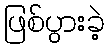
ဖြစ်ပွားခဲ့